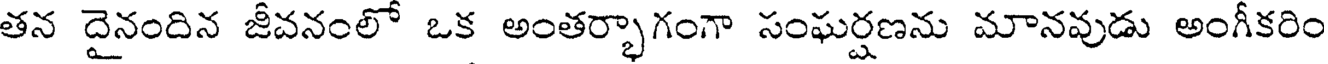
తన దైనందిన జీవనంలో ఒక అంతర్భాగంగా సంఘర్షణను మానవుడు అంగీకరిం